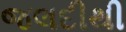
જલદીથી